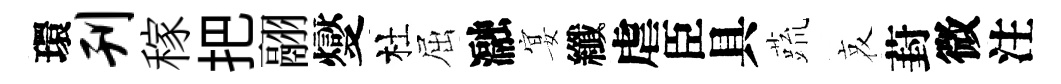
環刊稼把翮燮杜屈瀜宴纖虐臣具蔬哀葑微注